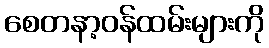
စေတနာ့ဝန်ထမ်းများကို